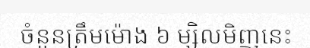
ចំនួនត្រឹមម៉ោង ៦ ម្សិលមិញនេះ